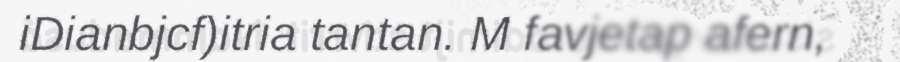
iDianbjcf)itria tantan. M favjetap afern,